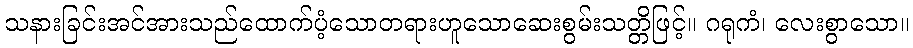
သနားခြင်းအင်အားသည်ထောက်ပံ့သောတရားဟူသောဆေးစွမ်းသတ္တိဖြင့်။ ဂရုကံ၊ လေးစွာသော။